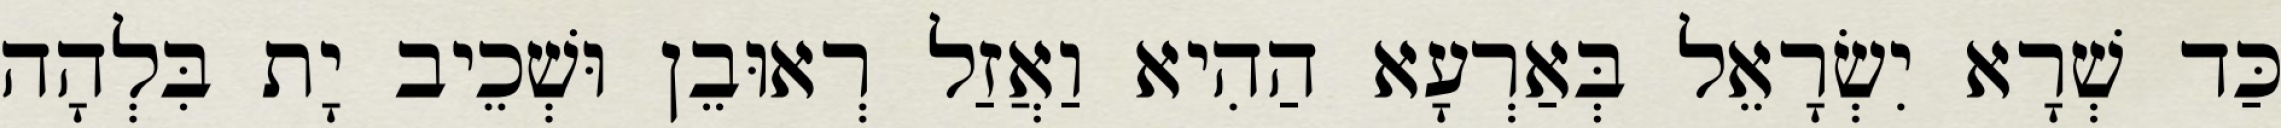
כַּד שְׁרָא יִשְׂרָאֵל בְּאַרְעָא הַהִיא וַאֲזַל רְאוּבֵן וּשְׁכֵיב יָת בִּלְהָה